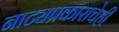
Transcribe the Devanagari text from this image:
नाट्यप्रकाराचेही